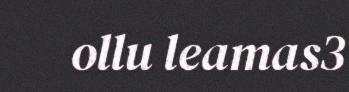
ollu leamas3